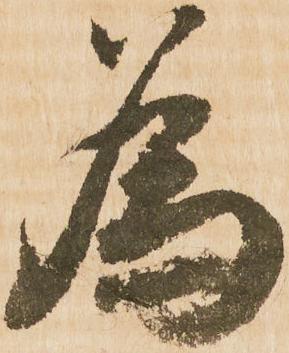
為